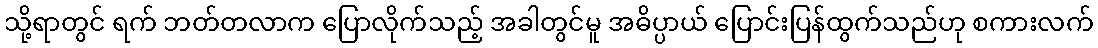
သို့ရာတွင် ရက် ဘတ်တလာက ပြောလိုက်သည့် အခါတွင်မူ အဓိပ္ပာယ် ပြောင်းပြန်ထွက်သည်ဟု စကားလက်